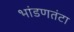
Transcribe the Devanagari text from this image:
भांडणतंटा